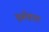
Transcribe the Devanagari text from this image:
घुसेड़ता